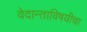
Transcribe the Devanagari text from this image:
वेदान्ताविषयीचा